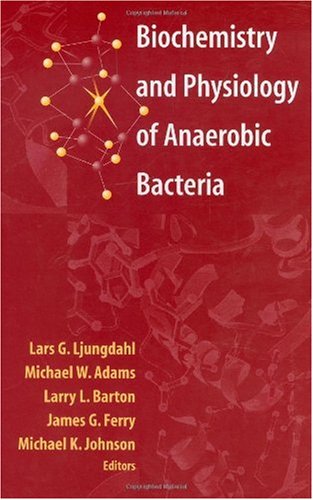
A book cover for Biochemistry and Physiology of Anaerobic Bacteria; Medical Books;